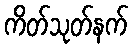
ကိတ်သုတ်နက်